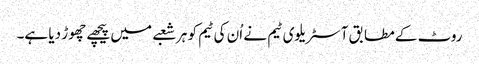
روٹ کے مطابق آسٹریلوی ٹیم نے اُن کی ٹیم کو ہر شعبے میں پیچھے چھوڑ دیا ہے۔